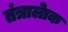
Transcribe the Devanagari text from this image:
तंत्रालेाक